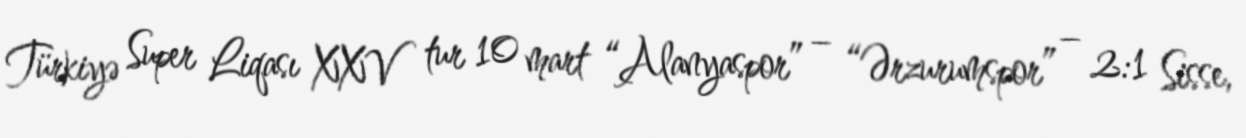
Türkiyə Super Liqası XXV tur 10 mart “Alanyaspor” – “Ərzurumspor” – 2:1 Sisse,